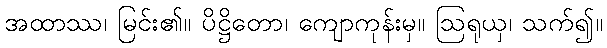
အထာဿ၊ မြင်း၏။ ပိဋ္ဌိတော၊ ကျောကုန်းမှ။ ဩရုယှ၊ သက်၍။